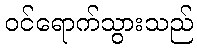
ဝင်ရောက်သွားသည်